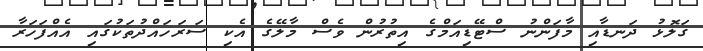
ގަލޮޅު ދަނޑާއި މާފަންނު ސްޓޭޑިއަމްގެ އިތުރުން ވެސް މާލޭގެ އެކި ސަރަހައްދުތަކުގައި އެއްފަހަރާ